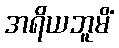
အရိယဘူမိံ